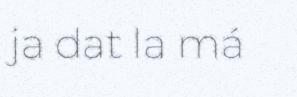
ja dat la má